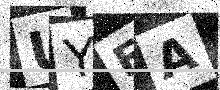
Text: UYFA